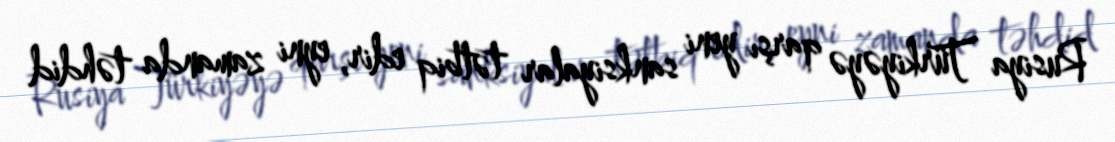
Rusiya Türkiyəyə qarşı yeni sanksiyalar tətbiq edir, eyni zamanda təhdid